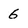
Character: 6